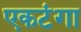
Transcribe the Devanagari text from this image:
एकटंगा